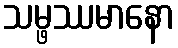
သမ္ဖဿမာနော